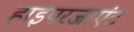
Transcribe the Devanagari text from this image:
हाइपरजाएंट